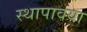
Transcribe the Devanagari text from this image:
स्थापावया